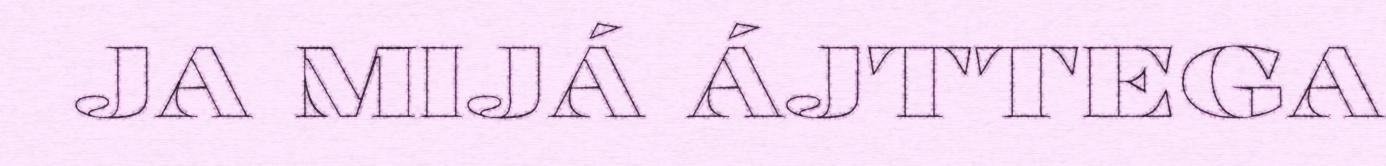
JA MIJÁ ÁJTTEGA